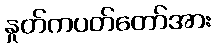
နှုတ်ကပတ်တော်အား